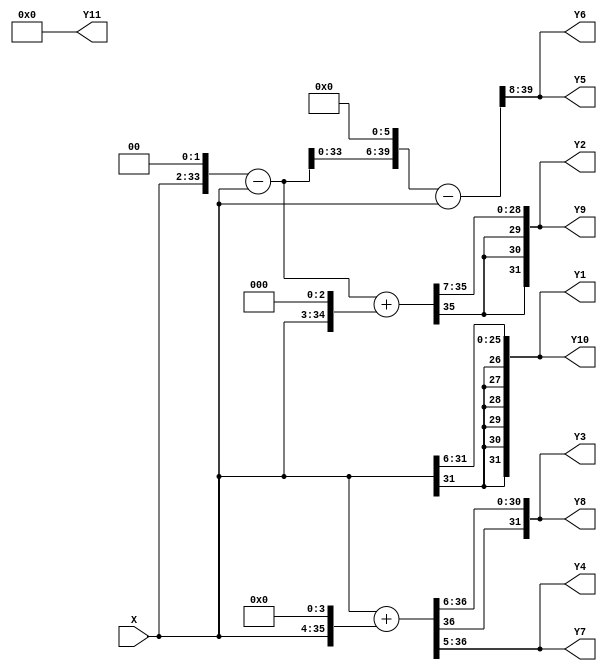
// This program was cloned from: https://github.com/NYU-MLDA/OpenABC
// License: BSD 3-Clause "New" or "Revised" License

/*------------------------------------------------------------------------------
 * This code was generated by Spiral IIR Filter Generator, www.spiral.net
 * Copyright (c) 2006, Carnegie Mellon University
 * All rights reserved.
 * The code is distributed under a BSD style license
 * (see http://www.opensource.org/licenses/bsd-license.php)
 *------------------------------------------------------------------------------ */
/* ./iirGen.pl -A 256 256 0 0 0 0 0 0 0 0 0 0 0 0 0 0 -B 0 4 22 68 136 191 191 136 68 22 4 0 -moduleName FIR_filter -fractionalBits 8 -bitWidth 32 -inData inData -inReg -outReg -outData outData -clk clk -reset reset -reset_edge negedge -filterForm 1 -outFile ../outputs/filter_1542230812.v */
/* Warning: zero-valued filter taps have been optimized away. */

module FIR_filter_firBlock_left_MultiplyBlock (
    X,
    Y1,
    Y2,
    Y3,
    Y4,
    Y5,
    Y6,
    Y7,
    Y8,
    Y9,
    Y10,
    Y11
);

  // Port mode declarations:
  input signed   [31:0] X;
  output signed  [31:0]
    Y1,
    Y2,
    Y3,
    Y4,
    Y5,
    Y6,
    Y7,
    Y8,
    Y9,
    Y10,
    Y11;

  wire [31:0] Y [0:10];

  assign Y1 = Y[0];
  assign Y2 = Y[1];
  assign Y3 = Y[2];
  assign Y4 = Y[3];
  assign Y5 = Y[4];
  assign Y6 = Y[5];
  assign Y7 = Y[6];
  assign Y8 = Y[7];
  assign Y9 = Y[8];
  assign Y10 = Y[9];
  assign Y11 = Y[10];

  //Multipliers:

  wire signed [39:0]
    w1,
    w0,
    w16,
    w17,
    w4,
    w3,
    w8,
    w11,
    w192,
    w191,
    w22,
    w68,
    w136;

  assign w1 = X;
  assign w0 = 0;
  assign w11 = w3 + w8;
  assign w136 = w17 << 3;
  assign w16 = w1 << 4;
  assign w17 = w1 + w16;
  assign w191 = w192 - w1;
  assign w192 = w3 << 6;
  assign w22 = w11 << 1;
  assign w3 = w4 - w1;
  assign w4 = w1 << 2;
  assign w68 = w17 << 2;
  assign w8 = w1 << 3;

  assign Y[0] = w4[39:8];
  assign Y[1] = w22[39:8];
  assign Y[2] = w68[39:8];
  assign Y[3] = w136[39:8];
  assign Y[4] = w191[39:8];
  assign Y[5] = w191[39:8];
  assign Y[6] = w136[39:8];
  assign Y[7] = w68[39:8];
  assign Y[8] = w22[39:8];
  assign Y[9] = w4[39:8];
  assign Y[10] = w0[39:8];

  //FIR_filter_firBlock_left_MultiplyBlock area estimate = 9360.48955432647;
endmodule //FIR_filter_firBlock_left_MultiplyBlock




module FIR_filter_firBlock_left (
    X,
    clk,
    Y,
    reset
);

  // Port mode declarations:
  input   [31:0] X;
  input    clk;
  output  [31:0] Y;
  input    reset;

  //registerOut
  reg [31:0] Y;
  wire [31:0] Y_in;

  always@(posedge clk or negedge reset) begin
    if(~reset) begin
      Y <= 32'h00000000;
    end  else begin
      Y <= Y_in;
    end
  end

  wire [31:0] multProducts [0:10];

  FIR_filter_firBlock_left_MultiplyBlock my_FIR_filter_firBlock_left_MultiplyBlock(
    .X(X),
    .Y1(multProducts[0]),
    .Y2(multProducts[1]),
    .Y3(multProducts[2]),
    .Y4(multProducts[3]),
    .Y5(multProducts[4]),
    .Y6(multProducts[5]),
    .Y7(multProducts[6]),
    .Y8(multProducts[7]),
    .Y9(multProducts[8]),
    .Y10(multProducts[9]),
    .Y11(multProducts[10])
  );

  reg [31:0] firStep[0:9];

  always@(posedge clk or negedge reset) begin
    if(~reset) begin
      firStep[0] <= 32'h00000000;
      firStep[1] <= 32'h00000000;
      firStep[2] <= 32'h00000000;
      firStep[3] <= 32'h00000000;
      firStep[4] <= 32'h00000000;
      firStep[5] <= 32'h00000000;
      firStep[6] <= 32'h00000000;
      firStep[7] <= 32'h00000000;
      firStep[8] <= 32'h00000000;
      firStep[9] <= 32'h00000000;
    end
    else begin
      firStep[0] <=  multProducts[0];
      firStep[1] <=  firStep[0] + multProducts[1];
      firStep[2] <=  firStep[1] + multProducts[2];
      firStep[3] <=  firStep[2] + multProducts[3];
      firStep[4] <=  firStep[3] + multProducts[4];
      firStep[5] <=  firStep[4] + multProducts[5];
      firStep[6] <=  firStep[5] + multProducts[6];
      firStep[7] <=  firStep[6] + multProducts[7];
      firStep[8] <=  firStep[7] + multProducts[8];
      firStep[9] <=  firStep[8] + multProducts[9];
    end
  end

  assign Y_in = firStep[9]+ multProducts[10];
  //FIR_filter_firBlock_left area estimate = 56049.8412354117;
endmodule //FIR_filter_firBlock_left



/* Warning: zero-valued filter taps have been optimized away. */

module FIR_filter_firBlock_right_MultiplyBlock (
    X,
    Y
);

  // Port mode declarations:
  input signed   [31:0] X;
  output signed  [31:0] Y;

  //Multipliers:

  wire signed [39:0]
    w1,
    w256,
    w256_;

  assign w1 = X;
  assign w256 = w1 << 8;
  assign w256_ = -1 * w256;

  assign Y = w256_[39:8];

  //FIR_filter_firBlock_right_MultiplyBlock area estimate = 1437.00483871323;
endmodule //FIR_filter_firBlock_right_MultiplyBlock




module FIR_filter_firBlock_right (
    X,
    clk,
    Y,
    reset
);

  // Port mode declarations:
  input   [31:0] X;
  input    clk;
  output  [31:0] Y;
  input    reset;

  //registerOut
  reg [31:0] Y;
  wire [31:0] Y_in;

  always@(posedge clk or negedge reset) begin
    if(~reset) begin
      Y <= 32'h00000000;
    end  else begin
      Y <= Y_in;
    end
  end

  wire [31:0] multProducts;

  FIR_filter_firBlock_right_MultiplyBlock my_FIR_filter_firBlock_right_MultiplyBlock(
    .X(X),
    .Y(multProducts)
  );

  assign Y_in = multProducts;

  //FIR_filter_firBlock_right area estimate = 3885.23530779558;
endmodule //FIR_filter_firBlock_right




module FIR_filter (
    inData,
    clk,
    outData,
    reset
);

  // Port mode declarations:
  input   [31:0] inData;
  input    clk;
  output  [31:0] outData;
  input    reset;

  //registerIn
  reg [31:0] inData_in;

  always@(posedge clk or negedge reset) begin
    if(~reset) begin
      inData_in <= 32'h00000000;
    end  else begin
      inData_in <= inData;
    end
  end

  //registerOut
  reg [31:0] outData;
  wire [31:0] outData_in;

  always@(posedge clk or negedge reset) begin
    if(~reset) begin
      outData <= 32'h00000000;
    end  else begin
      outData <= outData_in;
    end
  end

  wire [31:0] leftOut, rightOut;

  FIR_filter_firBlock_left my_FIR_filter_firBlock_left(
    .X(inData_in),
    .Y(leftOut),
    .clk(clk),
    .reset(reset)
);

  FIR_filter_firBlock_right my_FIR_filter_firBlock_right(
    .X(outData_in),
    .Y(rightOut),
    .clk(clk),
    .reset(reset)
);

  assign outData_in = leftOut + rightOut;

  //FIR_filter area estimate = 67026.9615392808;
endmodule //FIR_filter